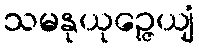
သမနုယုဉ္ဇေယျံ